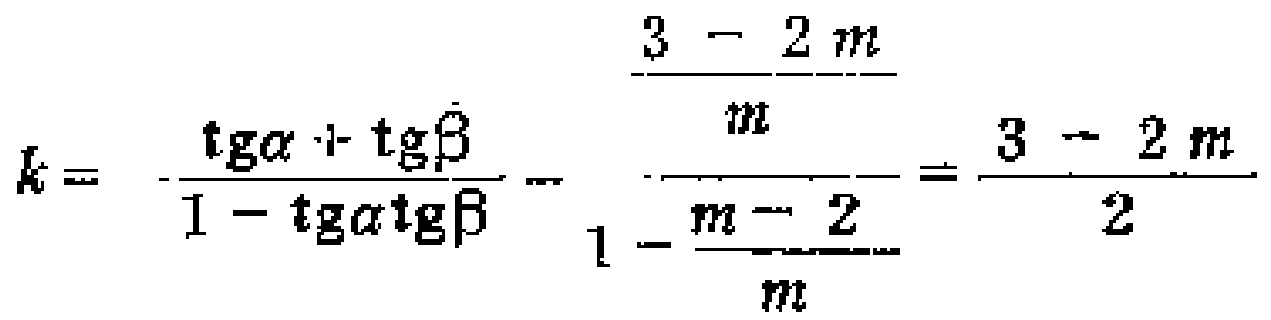
\[k = \frac{\tg\alpha + \tg\beta}{1 - \tg\alpha\tg\beta} = \frac{\frac{3 - 2m}{m}}{1 - \frac{m - 2}{m}} = \frac{3 - 2m}{2}\]